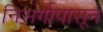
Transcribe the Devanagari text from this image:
निसर्गापासून